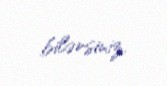
bilərsiniz.